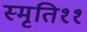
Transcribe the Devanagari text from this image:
स्मृति११